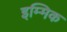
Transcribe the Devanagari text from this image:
इम्मिक